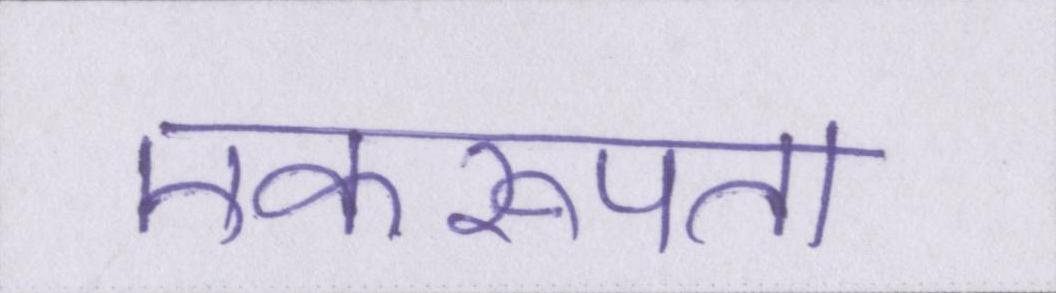
एकरूपता